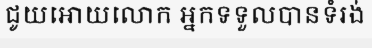
ជូយអោយលោក អ្នកទទួលបានទំរង់